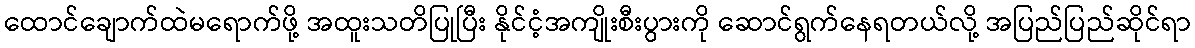
ထောင်ချောက်ထဲမရောက်ဖို့ အထူးသတိပြုပြီး နိုင်ငံ့အကျိုးစီးပွားကို ဆောင်ရွက်နေရတယ်လို့ အပြည်ပြည်ဆိုင်ရာ